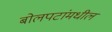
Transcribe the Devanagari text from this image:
बोलपटांमधील